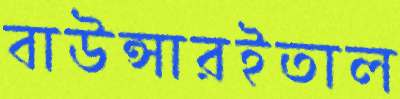
বাউন্সারইতাল